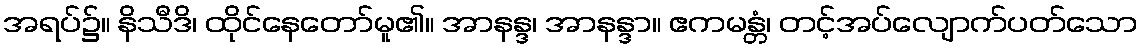
အရပ်၌။ နိသီဒိ၊ ထိုင်နေတော်မူ၏။ အာနန္ဒ၊ အာနန္ဒာ။ ဧကမန္တံ၊ တင့်အပ်လျောက်ပတ်သော